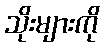
သိုးများကို